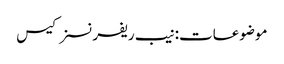
موضوعات:نیب ریفرنسز کیس